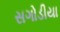
સગોડીયા